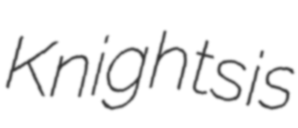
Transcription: Knights is